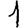
Digit: 1